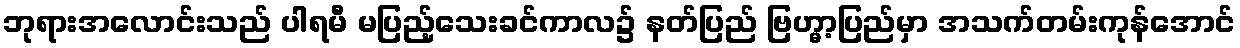
ဘုရားအလောင်းသည် ပါရမီ မပြည့်သေးခင်ကာလ၌ နတ်ပြည် ဗြဟ္မာ့ပြည်မှာ အသက်တမ်းကုန်အောင်